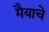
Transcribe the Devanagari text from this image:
मैयाचे